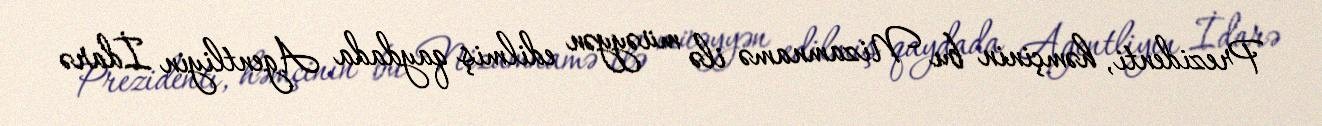
Prezidenti, həmçinin bu Nizamnamə ilə müəyyən edilmiş qaydada Agentliyin İdarə